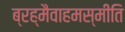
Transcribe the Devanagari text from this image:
ब्रह्मैवाहमस्मीति